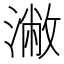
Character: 潎